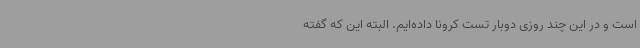
است و در این چند روزی دوبار تست کرونا داده‌ایم. البته این که گفته